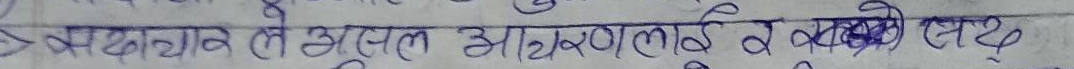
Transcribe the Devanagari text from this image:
वचन ले झुट्ठ आचरणलाई व व्यवहारलाई